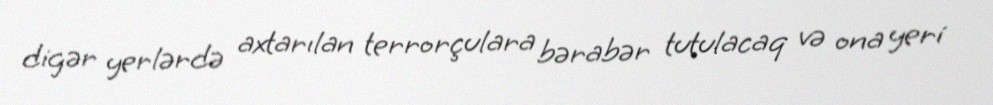
digər yerlərdə axtarılan terrorçulara bərabər tutulacaq və ona yeri